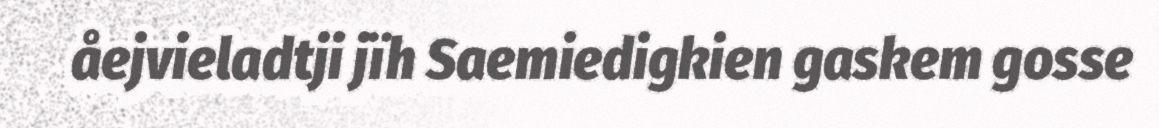
åejvieladtji jïh Saemiedigkien gaskem gosse